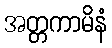
အတ္တကာမိနံ